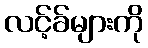
လင့်ခ်များကို